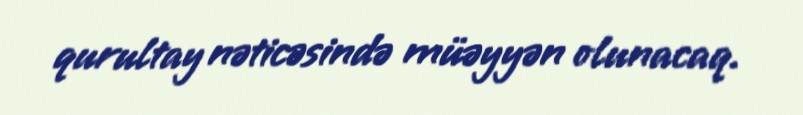
qurultay nəticəsində müəyyən olunacaq.